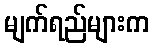
မျက်ရည်များက